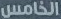
الخامس